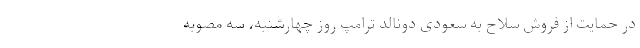
در حمایت از فروش سلاح به سعودی دونالد ترامپ روز چهارشنبه، سه مصوبه